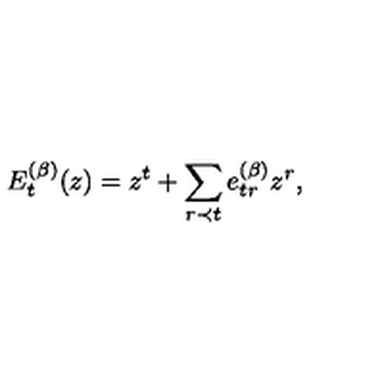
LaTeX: E _ { t } ^ { ( \beta ) } ( z ) = z ^ { t } + \sum _ { r \prec t } e _ { t r } ^ { ( \beta ) } z ^ { r } ,